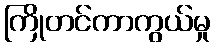
ကြိုတင်ကာကွယ်မှု